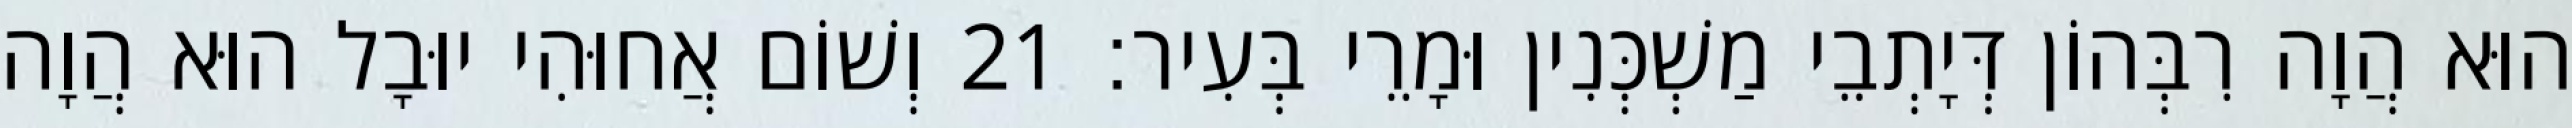
הוּא הֲוָה רִבְּהוֹן דְּיָתְבֵי מַשְׁכְּנִין וּמָרֵי בְּעִיר׃ 21 וְשׁוֹם אֲחוּהִי יוּבָל הוּא הֲוָה